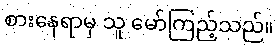
စားနေရာမှ သူ မော်ကြည့်သည်။